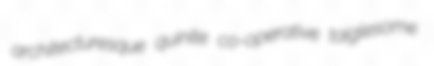
architecturesque quinite co-operative taiglesome